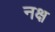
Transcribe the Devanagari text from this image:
नक्ष